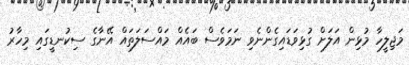
މަޖިލީހާ މުޅިން އަލަށް ގުޅިވަޑައިގެންނެވި ނަމަވެސް ބައެއް މައްސަލަތައް އޭނާގެ ސިކުނޑީގައި މިހާރު